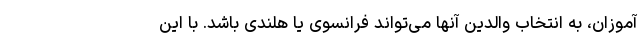
آموزان، به انتخاب والدین آنها می‌تواند فرانسوی یا هلندی باشد. با این